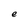
Character: e